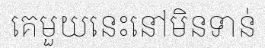
គេមួយនេះនៅមិនទាន់